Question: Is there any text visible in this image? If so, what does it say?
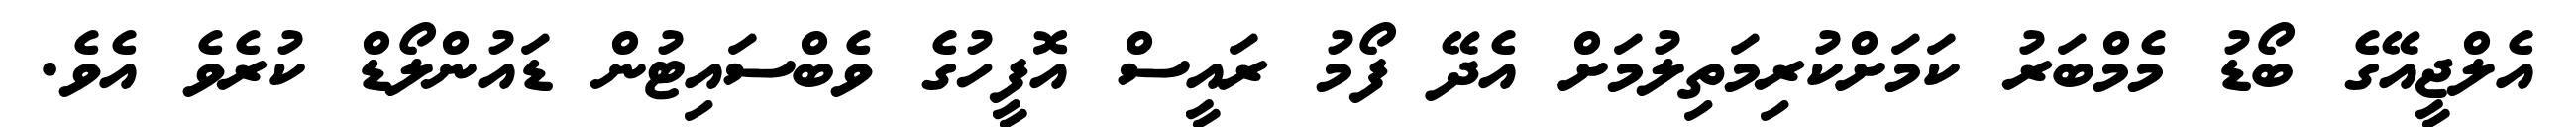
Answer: އެލްޖީއޭގެ ބޯޑު މެމްބަރު ކަމަށްކުރިމަތިލުމަށް އެދޭ ފޯމު ރައީސް އޮފީހުގެ ވެބްސައިޓުން ޑައުންލޯޑް ކުރެވެ އެވެ.